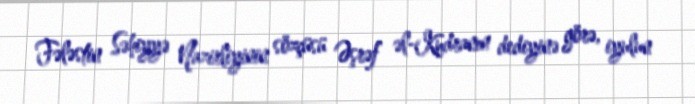
Fələstin Səhiyyə Nazirliyinin sözçüsü Əşrəf əl-Kudranın dediyinə görə, iyulun